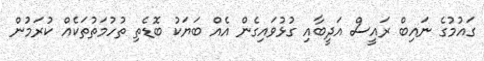
ގައުމުގެ ނައިބް ރައީސް އަދީބާއި ގުޅުވައިގެން އެއް ބަޔަކު ބޮޑެތި ތުހުމަތުތަކެއް ކުރަމުން